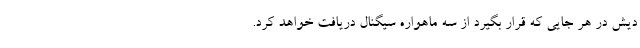
دیش در هر جایی که قرار بگیرد از سه ماهواره سیگنال دریافت خواهد کرد.